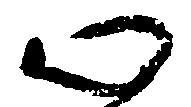
心